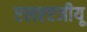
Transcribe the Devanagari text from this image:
एलएएजीयू